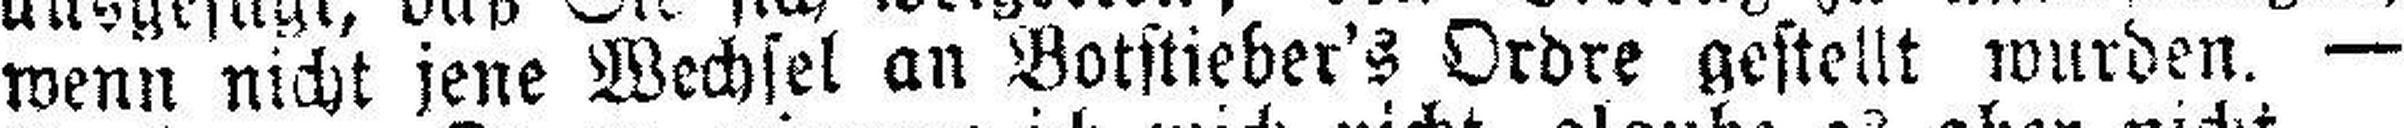
wenn nicht jene Wechsel an Botstieber's Ordre gestellt wurden. —